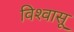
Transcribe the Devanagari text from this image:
विश्‍वासू